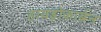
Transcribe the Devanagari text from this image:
हायड्रोकार्बन